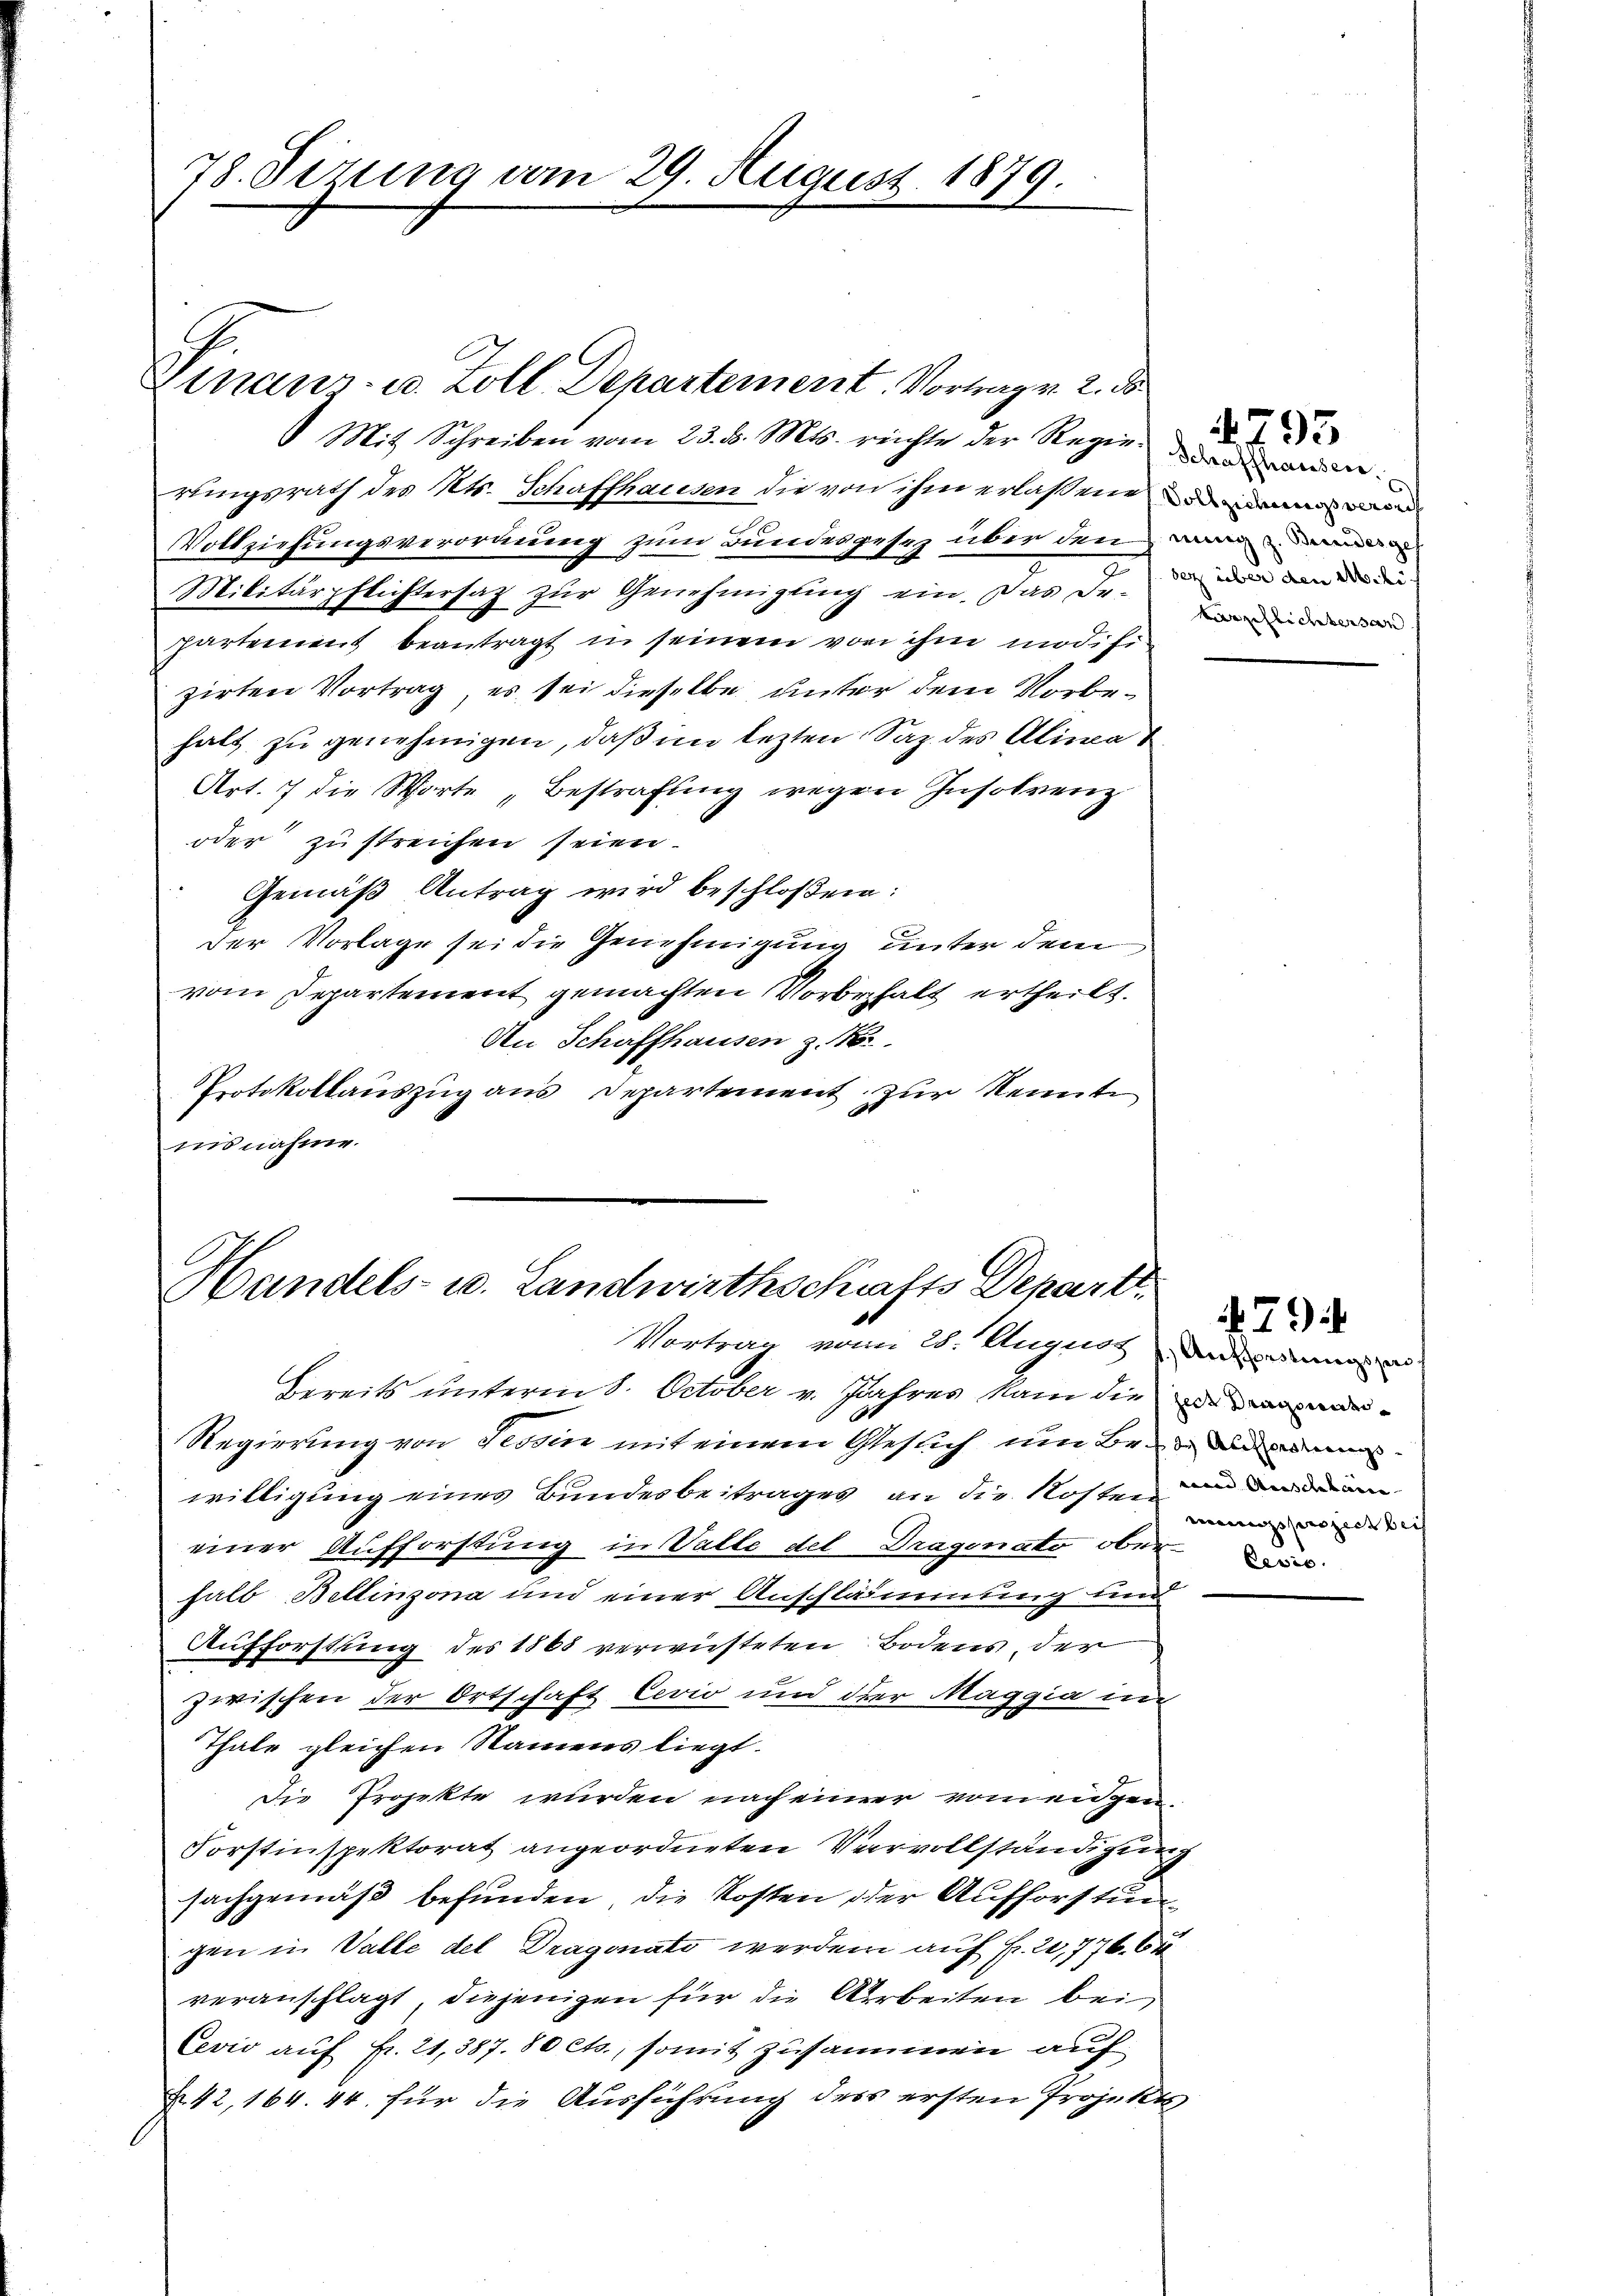
78. Sirung vom 29. August 1879.

Mit Schreiben vom 23. d. Mts. reichte der Reger anden
rungsrath des Kts. Schaffhausen die von ihm erlaßenen
Vollziehungsverordnung zum Bundesgesez über den wo
Militärpflichtersaz zŭr Genehmigŭng ein. Das De-
partement beantragt in seinem von ihm modifizirten Vortrag es sei dieselbe, unter dem Vorbehalt zu genehmigen, daß im lezten Saz. des Alinat
Art. 7 die Worte „Bestrafung wegen Insolvenz
oder zu streichen seien.
Gemäß Antrag wird beschloßen:
der Vorlage sei die Genehmigung unter dem
vom Departement gemachten Vorbehalt ertheilt.
An Schaffhausen z. B.
Protokollauszug aus Departement zur Kennte
nnsnahme.

Finanz- u. Zoll. Departement. Vortrag v. 2. ds

Handels- u. Landwirthschafts Depart
Vortrag vom 28. August Anderungs

sez über den Mili
Karschlichtersan

Bereits unterm 8. October v. Jahres kam die e
Regierung von Tessin mit einem Gesuch um Bewilligung eines Bundesbeitrages an die Kosten ein
einer Aufforstung in Valle del Dragonato ober
halb Bellinzona und einer Anschlämmung und
Aufforstung des 1868 verwüsteten Bodens der
zwischen der Ortschaft Eevio und der Maggia in
Thale gleichen Namens liegt.
die Projekte wurden nach einer vom eidgen.
Forstinspektorat angeordneten Vervollständigung
sachgemäß befunden, die Kosten der Aufforstungen in Valle del Dragonato werden auf fr. 20,776. 62
veranschlagt, diejenigen für die Arbeiten bei
Cević aŭf Fr. 21, 387. 80 cts., somit zusammen auf
N. 42, 164. 44. für die Ausführung dess ersten Projekt

4793

mungsprozier bei

794